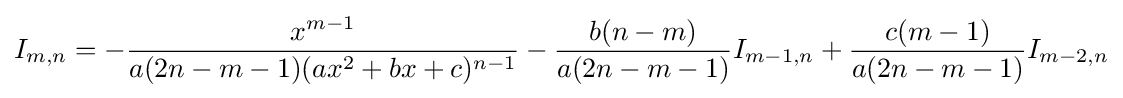
I_{m,n}=-{\frac {x^{m-1}}{a(2n-m-1)(ax^{2}+bx+c)^{n-1}}}-{\frac {b(n-m)}{a(2n-m-1)}}I_{m-1,n}+{\frac {c(m-1)}{a(2n-m-1)}}I_{m-2,n}\,\!